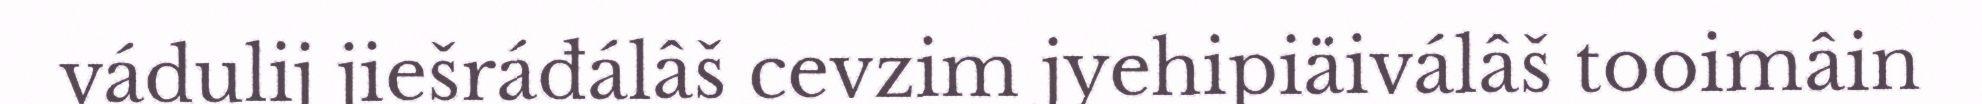
vádulij jiešráđálâš cevzim jyehipiäiválâš tooimâin